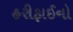
હરીફાઈનો